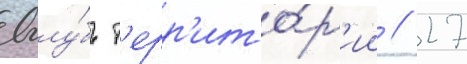
вглу́бь т'ерр'ито́р'ии // 27